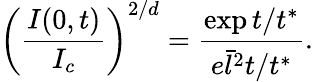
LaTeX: \left(\frac{I(0,t)}{I_{c}}\right)^{2/d}=\frac{\exp{t/t^{*}}}{e\bar{l}^{2}t/t^{*}}.